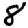
Digit: 8